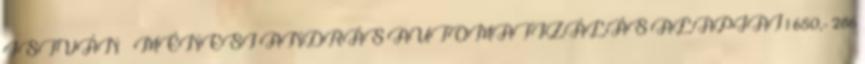
ISTVÁN – MÉNESI ANDRÁS AUTOMATIZÁLÁS ALAPJAI 1 650,- 286